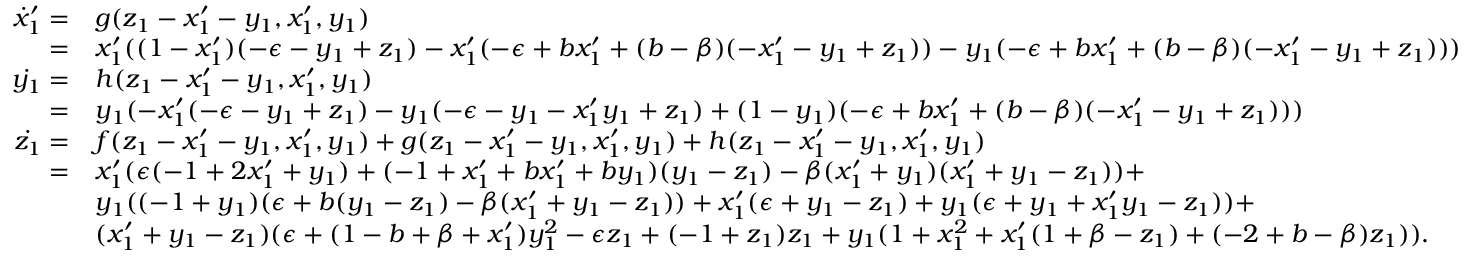
\centering \begin{array} { r l } { \dot { x } _ { 1 } ^ { \prime } = } & { g ( z _ { 1 } - x _ { 1 } ^ { \prime } - y _ { 1 } , x _ { 1 } ^ { \prime } , y _ { 1 } ) } \\ { = } & { x _ { 1 } ^ { \prime } ( ( 1 - x _ { 1 } ^ { \prime } ) ( - \epsilon - y _ { 1 } + z _ { 1 } ) - x _ { 1 } ^ { \prime } ( - \epsilon + b x _ { 1 } ^ { \prime } + ( b - \beta ) ( - x _ { 1 } ^ { \prime } - y _ { 1 } + z _ { 1 } ) ) - y _ { 1 } ( - \epsilon + b x _ { 1 } ^ { \prime } + ( b - \beta ) ( - x _ { 1 } ^ { \prime } - y _ { 1 } + z _ { 1 } ) ) ) } \\ { \dot { y _ { 1 } } = } & { h ( z _ { 1 } - x _ { 1 } ^ { \prime } - y _ { 1 } , x _ { 1 } ^ { \prime } , y _ { 1 } ) } \\ { = } & { y _ { 1 } ( - x _ { 1 } ^ { \prime } ( - \epsilon - y _ { 1 } + z _ { 1 } ) - y _ { 1 } ( - \epsilon - y _ { 1 } - x _ { 1 } ^ { \prime } y _ { 1 } + z _ { 1 } ) + ( 1 - y _ { 1 } ) ( - \epsilon + b x _ { 1 } ^ { \prime } + ( b - \beta ) ( - x _ { 1 } ^ { \prime } - y _ { 1 } + z _ { 1 } ) ) ) } \\ { \dot { z _ { 1 } } = } & { f ( z _ { 1 } - x _ { 1 } ^ { \prime } - y _ { 1 } , x _ { 1 } ^ { \prime } , y _ { 1 } ) + g ( z _ { 1 } - x _ { 1 } ^ { \prime } - y _ { 1 } , x _ { 1 } ^ { \prime } , y _ { 1 } ) + h ( z _ { 1 } - x _ { 1 } ^ { \prime } - y _ { 1 } , x _ { 1 } ^ { \prime } , y _ { 1 } ) } \\ { = } & { x _ { 1 } ^ { \prime } ( \epsilon ( - 1 + 2 x _ { 1 } ^ { \prime } + y _ { 1 } ) + ( - 1 + x _ { 1 } ^ { \prime } + b x _ { 1 } ^ { \prime } + b y _ { 1 } ) ( y _ { 1 } - z _ { 1 } ) - \beta ( x _ { 1 } ^ { \prime } + y _ { 1 } ) ( x _ { 1 } ^ { \prime } + y _ { 1 } - z _ { 1 } ) ) + } \\ & { y _ { 1 } ( ( - 1 + y _ { 1 } ) ( \epsilon + b ( y _ { 1 } - z _ { 1 } ) - \beta ( x _ { 1 } ^ { \prime } + y _ { 1 } - z _ { 1 } ) ) + x _ { 1 } ^ { \prime } ( \epsilon + y _ { 1 } - z _ { 1 } ) + y _ { 1 } ( \epsilon + y _ { 1 } + x _ { 1 } ^ { \prime } y _ { 1 } - z _ { 1 } ) ) + } \\ & { ( x _ { 1 } ^ { \prime } + y _ { 1 } - z _ { 1 } ) ( \epsilon + ( 1 - b + \beta + x _ { 1 } ^ { \prime } ) y _ { 1 } ^ { 2 } - \epsilon z _ { 1 } + ( - 1 + z _ { 1 } ) z _ { 1 } + y _ { 1 } ( 1 + x _ { 1 } ^ { 2 } + x _ { 1 } ^ { \prime } ( 1 + \beta - z _ { 1 } ) + ( - 2 + b - \beta ) z _ { 1 } ) ) . } \end{array}